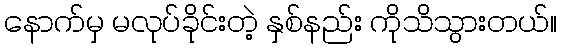
နောက်မှ မလုပ်ခိုင်းတဲ့ နှစ်နည်း ကိုသိသွားတယ်။